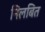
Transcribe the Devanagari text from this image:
निलबित